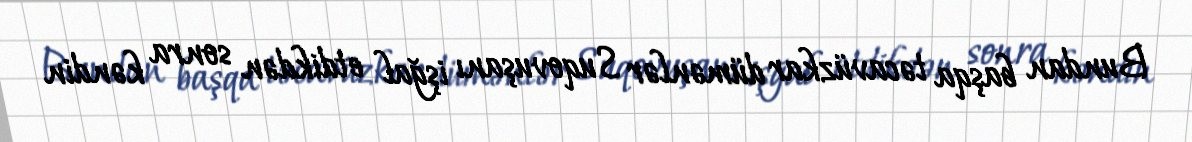
Bundan başqa təcavüzkar dümənlər Suqovuşanı işğal etdikdən sonra kəndin